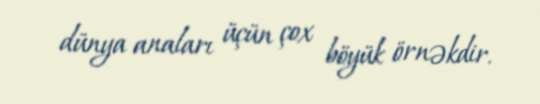
dünya anaları üçün çox böyük örnəkdir.